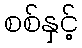
စစ်နှင့်